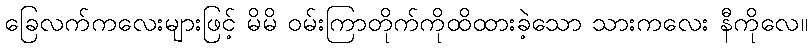
ခြေလက်ကလေးများဖြင့် မိမိ ဝမ်းကြာတိုက်ကိုထိထားခဲ့သော သားကလေး နီကိုလေ။